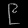
Digit: ၉